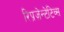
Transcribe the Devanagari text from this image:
रिप्रज़ेन्टेटिव्स